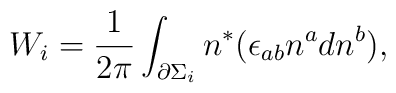
W_i=\frac 1{2\pi }\int_{\partial \Sigma _i}n^{*}(\epsilon_{ab}n^adn^b),